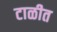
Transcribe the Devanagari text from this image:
टाळीत